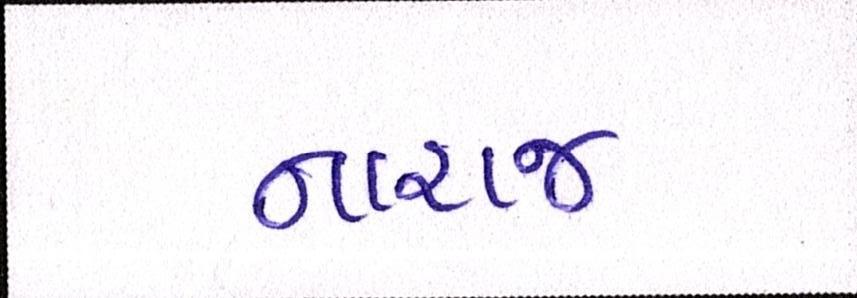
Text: નારાજ